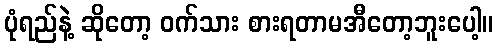
ပုံရည်နဲ့ ဆိုတော့ ဝက်သား စားရတာမအီတော့ဘူးပေါ့။